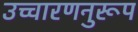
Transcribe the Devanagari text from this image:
उच्चारणनुरूप